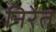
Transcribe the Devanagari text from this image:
निरेत